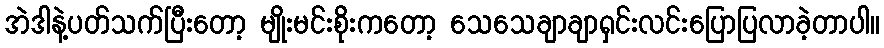
အဲဒါနဲ့ပတ်သက်ပြီးတော့ မျိုးမင်းစိုးကတော့ သေသေချာချာရှင်းလင်းပြောပြလာခဲ့တာပါ။